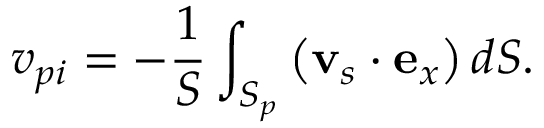
v _ { p i } = - \frac { 1 } { S } \int _ { S _ { p } } \left( \mathbf { v } _ { s } \cdot \mathbf { e } _ { x } \right) d S .